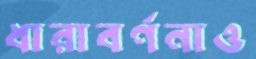
ধারাবর্ণনাও